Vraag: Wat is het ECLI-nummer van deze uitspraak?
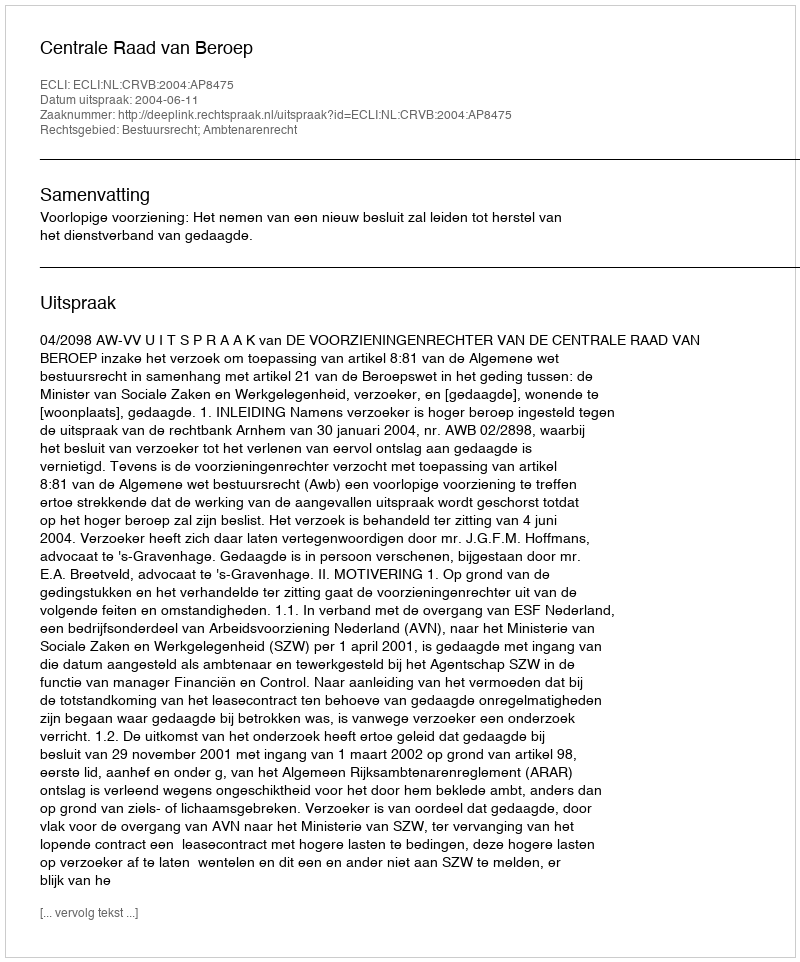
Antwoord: ECLI:NL:CRVB:2004:AP8475